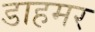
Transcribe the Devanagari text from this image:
डाहमर